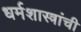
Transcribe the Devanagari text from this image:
धर्मशास्त्रांची